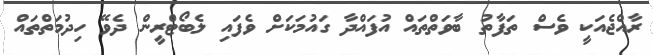
ރާއްޖެއަކީ ވެސް ތަފާތު ބާވަތްތައް އުފައްދާ ގައުމަކަށް ވެފައި ލެބޯޓްރީން ދެވޭ ހިދުމަތްތައް